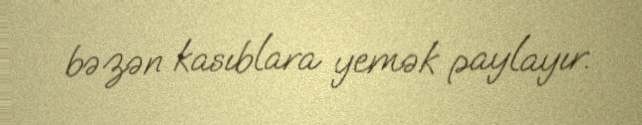
bəzən kasıblara yemək paylayır.